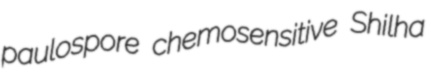
paulospore chemosensitive Shilha